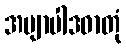
အဗျာပါဒဓာတုံ